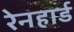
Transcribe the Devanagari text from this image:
रेनहार्ड